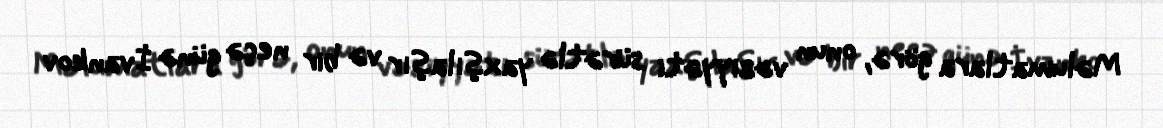
Məlumatlara görə, onun vəziyyəti sürətlə yaxşılaşır və bir neçə günə İvankov